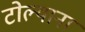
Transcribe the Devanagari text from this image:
टोल्याना